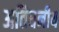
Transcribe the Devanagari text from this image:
अतिघनीय